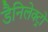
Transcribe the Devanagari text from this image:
डैनिलेक्ट्रो